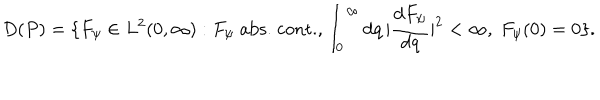
LaTeX: D ( P ) = \{ F _ { \psi } \in L ^ { 2 } ( 0 , \infty ) : F _ { \psi } \; \mathrm { a b s . } \; \mathrm { c o n t . } , \int _ { 0 } ^ { \infty } \mathrm { d } q \, | { \frac { \mathrm { d } F _ { \psi } } { \mathrm { d } q } } | ^ { 2 } < \infty , \; F _ { \psi } ( 0 ) = 0 \} .